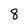
Character: 8